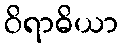
ဝိရာဓိယာ